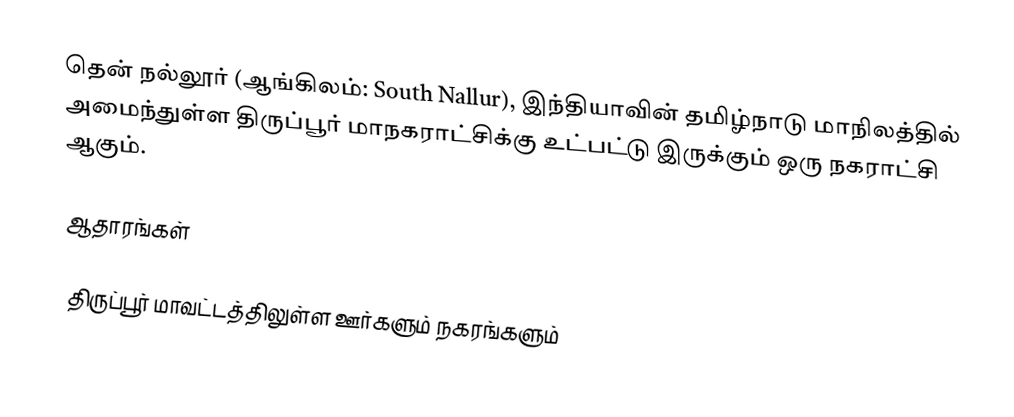
தென் நல்லூர் (ஆங்கிலம்: South Nallur), இந்தியாவின் தமிழ்நாடு மாநிலத்தில் அமைந்துள்ள திருப்பூர் மாநகராட்சிக்கு உட்பட்டு இருக்கும் ஒரு நகராட்சி ஆகும்.

ஆதாரங்கள்

திருப்பூர் மாவட்டத்திலுள்ள ஊர்களும் நகரங்களும்